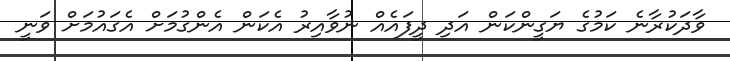
ވާދަކުރާނެ ކަމުގެ ޔަގީންކަން އަދި ދީފައެއް ނުވާއިރު އެކަން އެންގުމަށް އެގައުމަށް ވަނީ